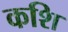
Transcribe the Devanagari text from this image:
कशि